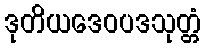
ဒုတိယဒေဝပဒသုတ္တံ